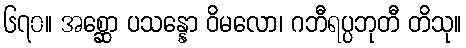
၆၇၀။ အစ္ဆော ပသန္နော ဝိမလော၊ ဂဘီရပ္ပဘုတီ တိသု။